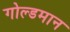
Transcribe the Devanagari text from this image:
गोल्डमान